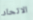
الاتحاد